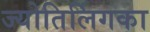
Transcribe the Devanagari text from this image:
ज्योतिर्लिगका